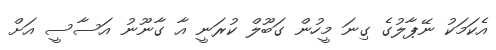
އެކަމަކު ނޭޕާލުގެ ގިނަ މީހުން ގަބޫލް ކުރަނީ އާ ގާނޫނު އަސާސީ އަށް